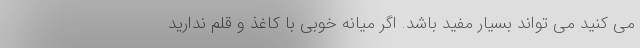
می کنید می تواند بسیار مفید باشد. اگر میانه خوبی با کاغذ و قلم ندارید